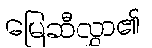
မြေဆီလွှာ၏